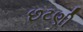
છટણી